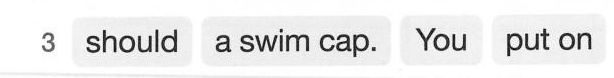
3 should a swim cap.You put on